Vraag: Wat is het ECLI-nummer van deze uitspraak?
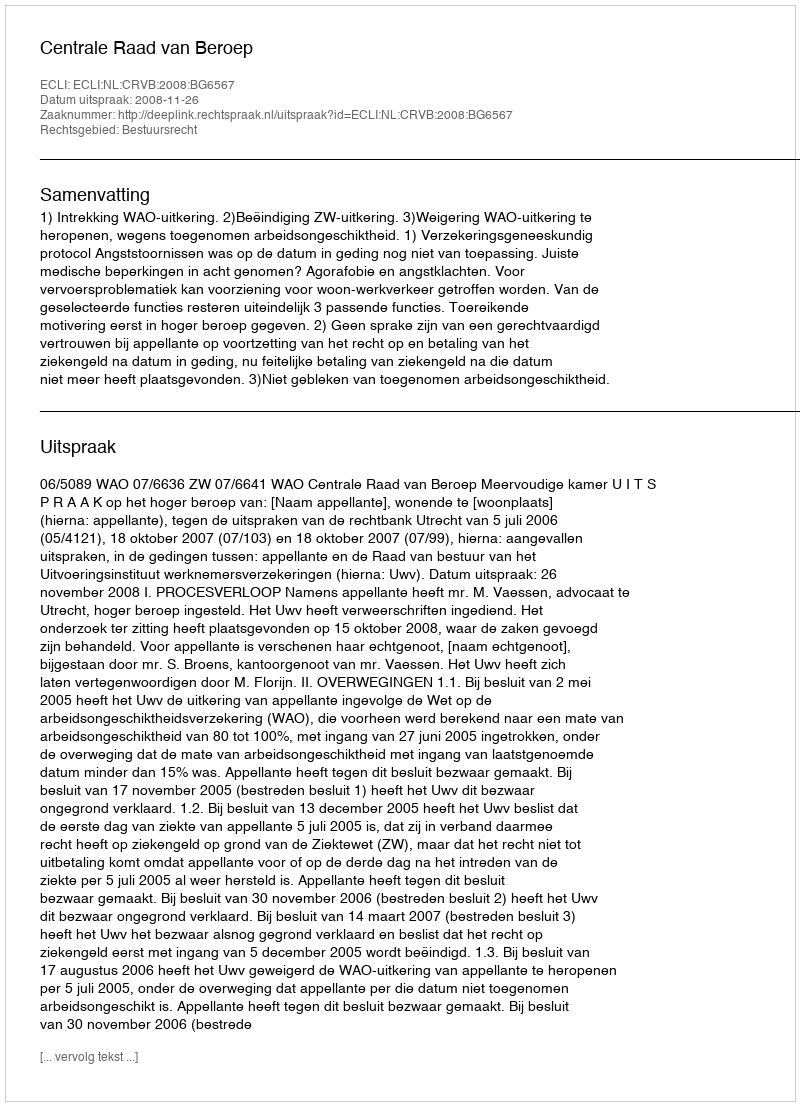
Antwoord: ECLI:NL:CRVB:2008:BG6567